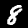
Digit: 8